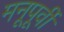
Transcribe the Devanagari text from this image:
मनूपूर्वी